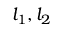
l _ { 1 } , l _ { 2 }